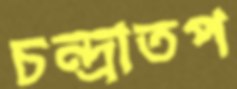
চন্দ্রাতপ